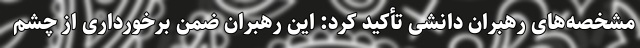
مشخصه‌های رهبران دانشی تأکید کرد: این رهبران ضمن برخورداری از چشم